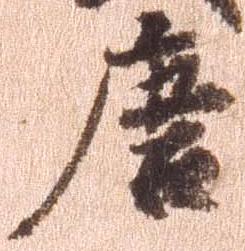
唐